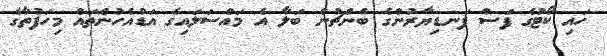
ހައި ކޯޓުގެ ފަސް ފަނޑިޔާރުންގެ ބެންޗުން ބަލާ އެ މައްސަލައިގެ އަޑުއެހުންތައް މިހަފުތާގެ